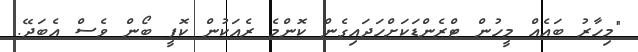
"މިހާރު ބައެއް މީހުން ޓްރެންޑަކަށްހަދައިގެން ކޮންމެ ރެއަކުން ކޮފީ ބޯން ވެސް އެބަދޭ.